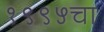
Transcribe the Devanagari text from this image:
१९९५चा